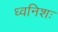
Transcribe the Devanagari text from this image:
ध्वनिशः